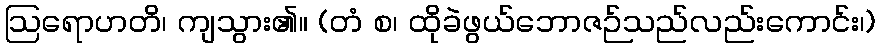
ဩရောဟတိ၊ ကျသွား၏။ (တံ စ၊ ထိုခဲဖွယ်ဘောဇဉ်သည်လည်းကောင်း၊)